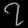
Digit: ၇